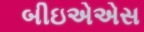
બીઇએએસ